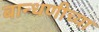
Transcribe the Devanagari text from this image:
बान्धणीच्या